Scottish Leaving Certificate Examination, 1951
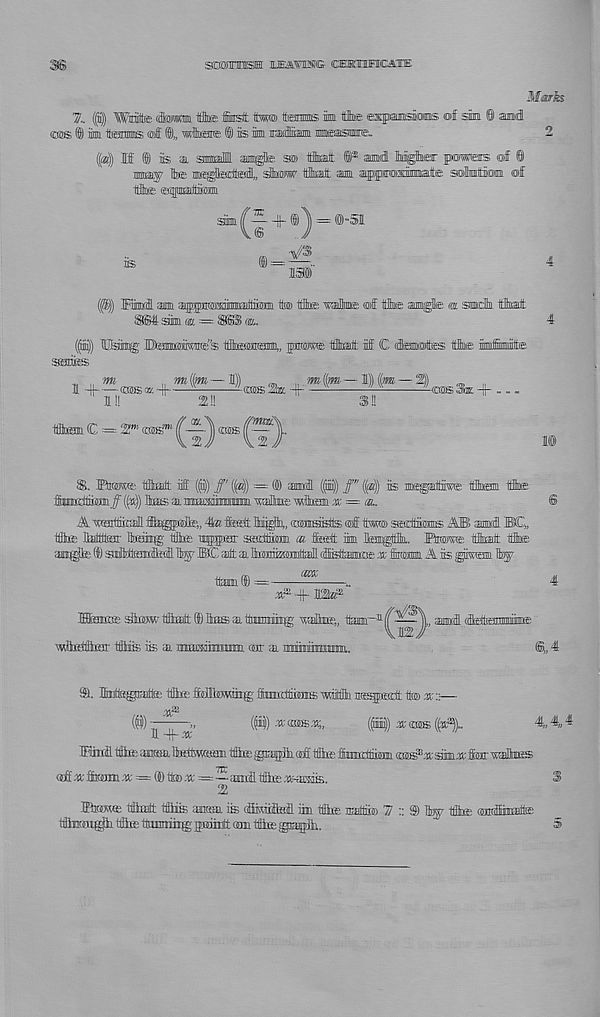
sEwnraH: iKMifrc oekiuficate
7. ((]$) 'WMte dlwfflm 1flte finst tw® fanmns iiii the espoiDsians ®f sim @ amd
cse® ® ima teMS «aff ®„ whaiffi ® is ha
{(at)) IS ® is a sumail aam^k
toe imsjriter-ted,, dhffiw titai auai afproxEmat® sahutmn ®f
is
s5m^ + ®J) = ®-S | L
V3S
«JrSm i
®.
(«
saiiis
„ „ im
,
—1))
„„
mUf.— l|Bw—1^))
1 -H
shhsok^
s
2-fflssla + —
—
l!!
M!
3!!
ttfliHDi C = 2Z”
S. ffimw® tfflDfflt iff (($) ff' {($) = © amml
ff" ((a| is
~
^ & mmxiiminim miltae wtom « = <&.
me
SfeKBE
\wlMlhffli' ilia® is a
xP^r-mP
TOfliK;,
. air a ]
■ »
(^) atSBES.is;,
((ah) a: she (W_
4,4,*
J1 + -U'
'
Hanifl t4te asiaa ItKttwffian tffliE giaigJia ®fi ifbie ffcnnritiiani affi^a’sani.U' ffnir
off agffaffltti a; = © to xc =—anrfl tiftre
S
2
ffiiawai tfitodt tfflis anam is (fimiiisi iia fc iMiB 7 :: ® %? fc ffnmnijroittffi